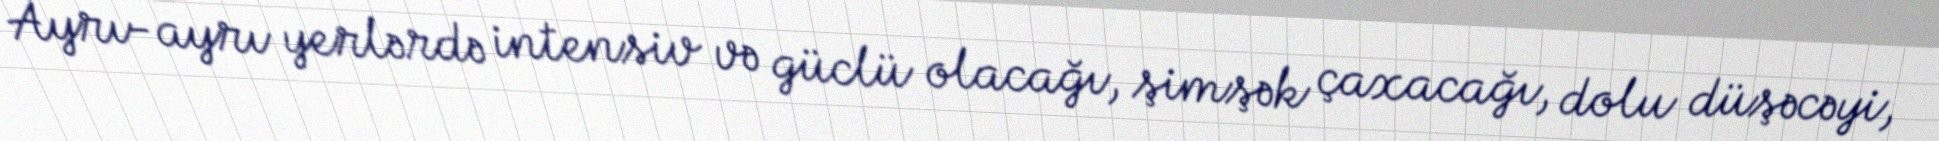
Ayrı-ayrı yerlərdə intensiv və güclü olacağı, şimşək çaxacağı, dolu düşəcəyi,